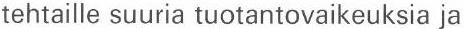
tehtaille suuria tuotantovaikeuksia ja